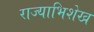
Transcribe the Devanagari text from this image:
राज्याभिशेख